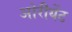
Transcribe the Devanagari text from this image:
ओरीयेंट